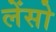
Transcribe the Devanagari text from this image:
लेंसो